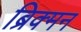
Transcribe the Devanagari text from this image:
ब्रिक्मन